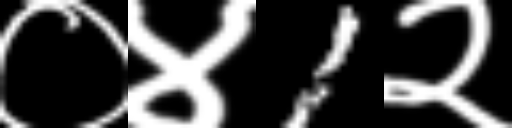
Text: ०४1२